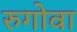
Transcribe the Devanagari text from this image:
रुगोवा